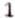
1